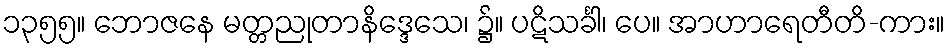
၁၃၅၅။ ဘောဇနေ မတ္တညုတာနိဒ္ဒေသေ၊ ၌။ ပဋိသင်္ခါ၊ ပေ။ အာဟာရေတီတိ-ကား။